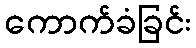
ကောက်ခံခြင်း